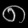
Digit: ၈